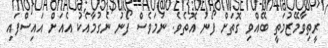
ރީތިވާމޭޒުމަތީ ބޭއްވި ގޮތަށް ފޯނު އޮތެވެ. ނަމަވެސް ފޯނު ނެގުމާއެކު އެއަށް އައިސްފައި